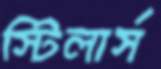
স্টিলার্স